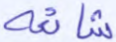
شائعة